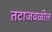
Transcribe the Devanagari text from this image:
तटाजवळील